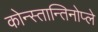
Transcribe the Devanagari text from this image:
कोन्स्तान्तिनोप्ले